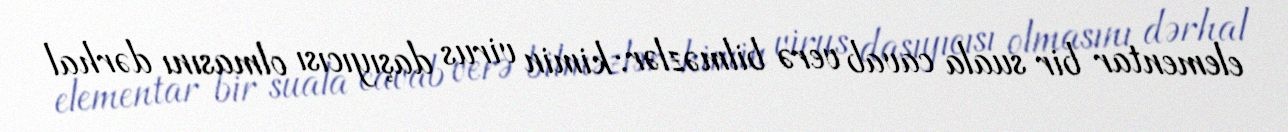
elementar bir suala cavab verə bilməzlər: kimin virus daşıyıcısı olmasını dərhal